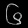
Digit: ၆